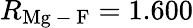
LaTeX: R_{\mathrm{Mg\mathrm{~-~}F}}=1.600